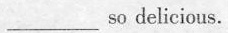
___ so delicious.